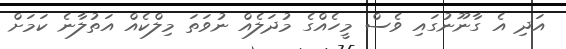
އަދި އެ ގާނޫނުގައި ވެސް މީހެއްގެ މުދަލެއް ނުވަތަ މިލްކެއް އަތުލާނެ ކަމަށް